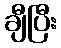
ချီပြီး